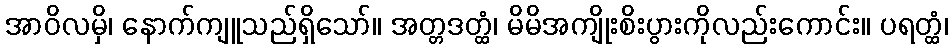
အာဝိလမှိ၊ နောက်ကျူသည်ရှိသော်။ အတ္တဒတ္ထံ၊ မိမိအကျိုးစိးပွားကိုလည်းကောင်း။ ပရတ္ထံ၊